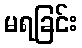
မရခြင်း